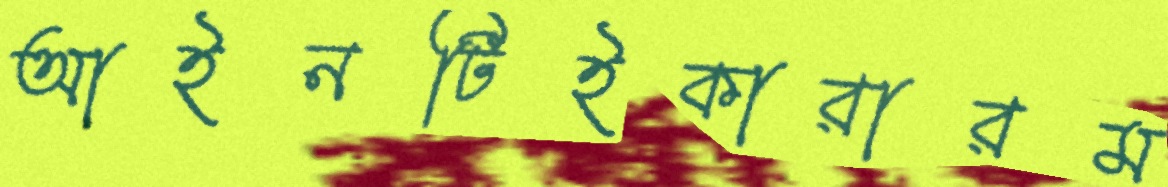
আইনটিইকারারম